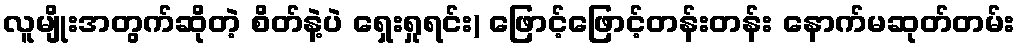
လူမျိုးအတွက်ဆိုတဲ့ စိတ်နဲ့ပဲ ရှေးရှုရင်း) ဖြောင့်ဖြောင့်တန်းတန်း နောက်မဆုတ်တမ်း